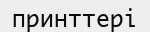
принттері